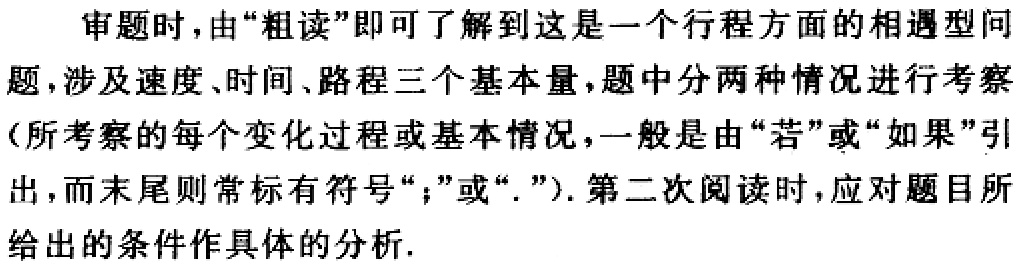
审题时，由“粗读”即可了解到这是一个行程方面的相遇型问题，涉及速度、时间、路程三个基本量，题中分两种情况进行考察（所考察的每个变化过程或基本情况，一般是由“若”或“如果”引出，而末尾则常标有符号“;”或“.”）. 第二次阅读时，应对题目所给出的条件作具体的分析.